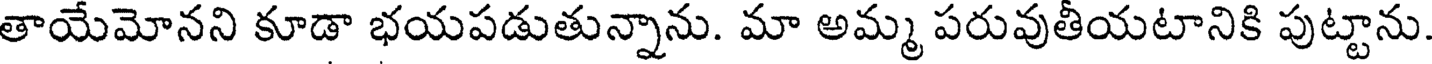
తాయేమోనని కూడా భయపడుతున్నాను. మా అమ్మ పరువుతీయటానికి పుట్టాను